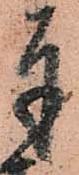
奉